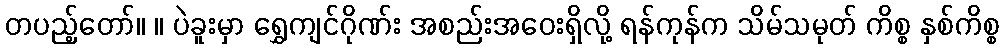
တပည့်တော်။ ။ ပဲခူးမှာ ရွှေကျင်ဂိုဏ်း အစည်းအဝေးရှိလို့ ရန်ကုန်က သိမ်သမုတ် ကိစ္စ နှစ်ကိစ္စ